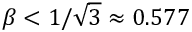
\beta < 1 / \sqrt { 3 } \approx 0 . 5 7 7